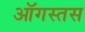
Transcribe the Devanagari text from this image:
ऑगस्तस